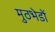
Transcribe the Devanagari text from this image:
मुठभेडों